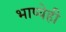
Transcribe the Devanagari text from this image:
भाष्येही